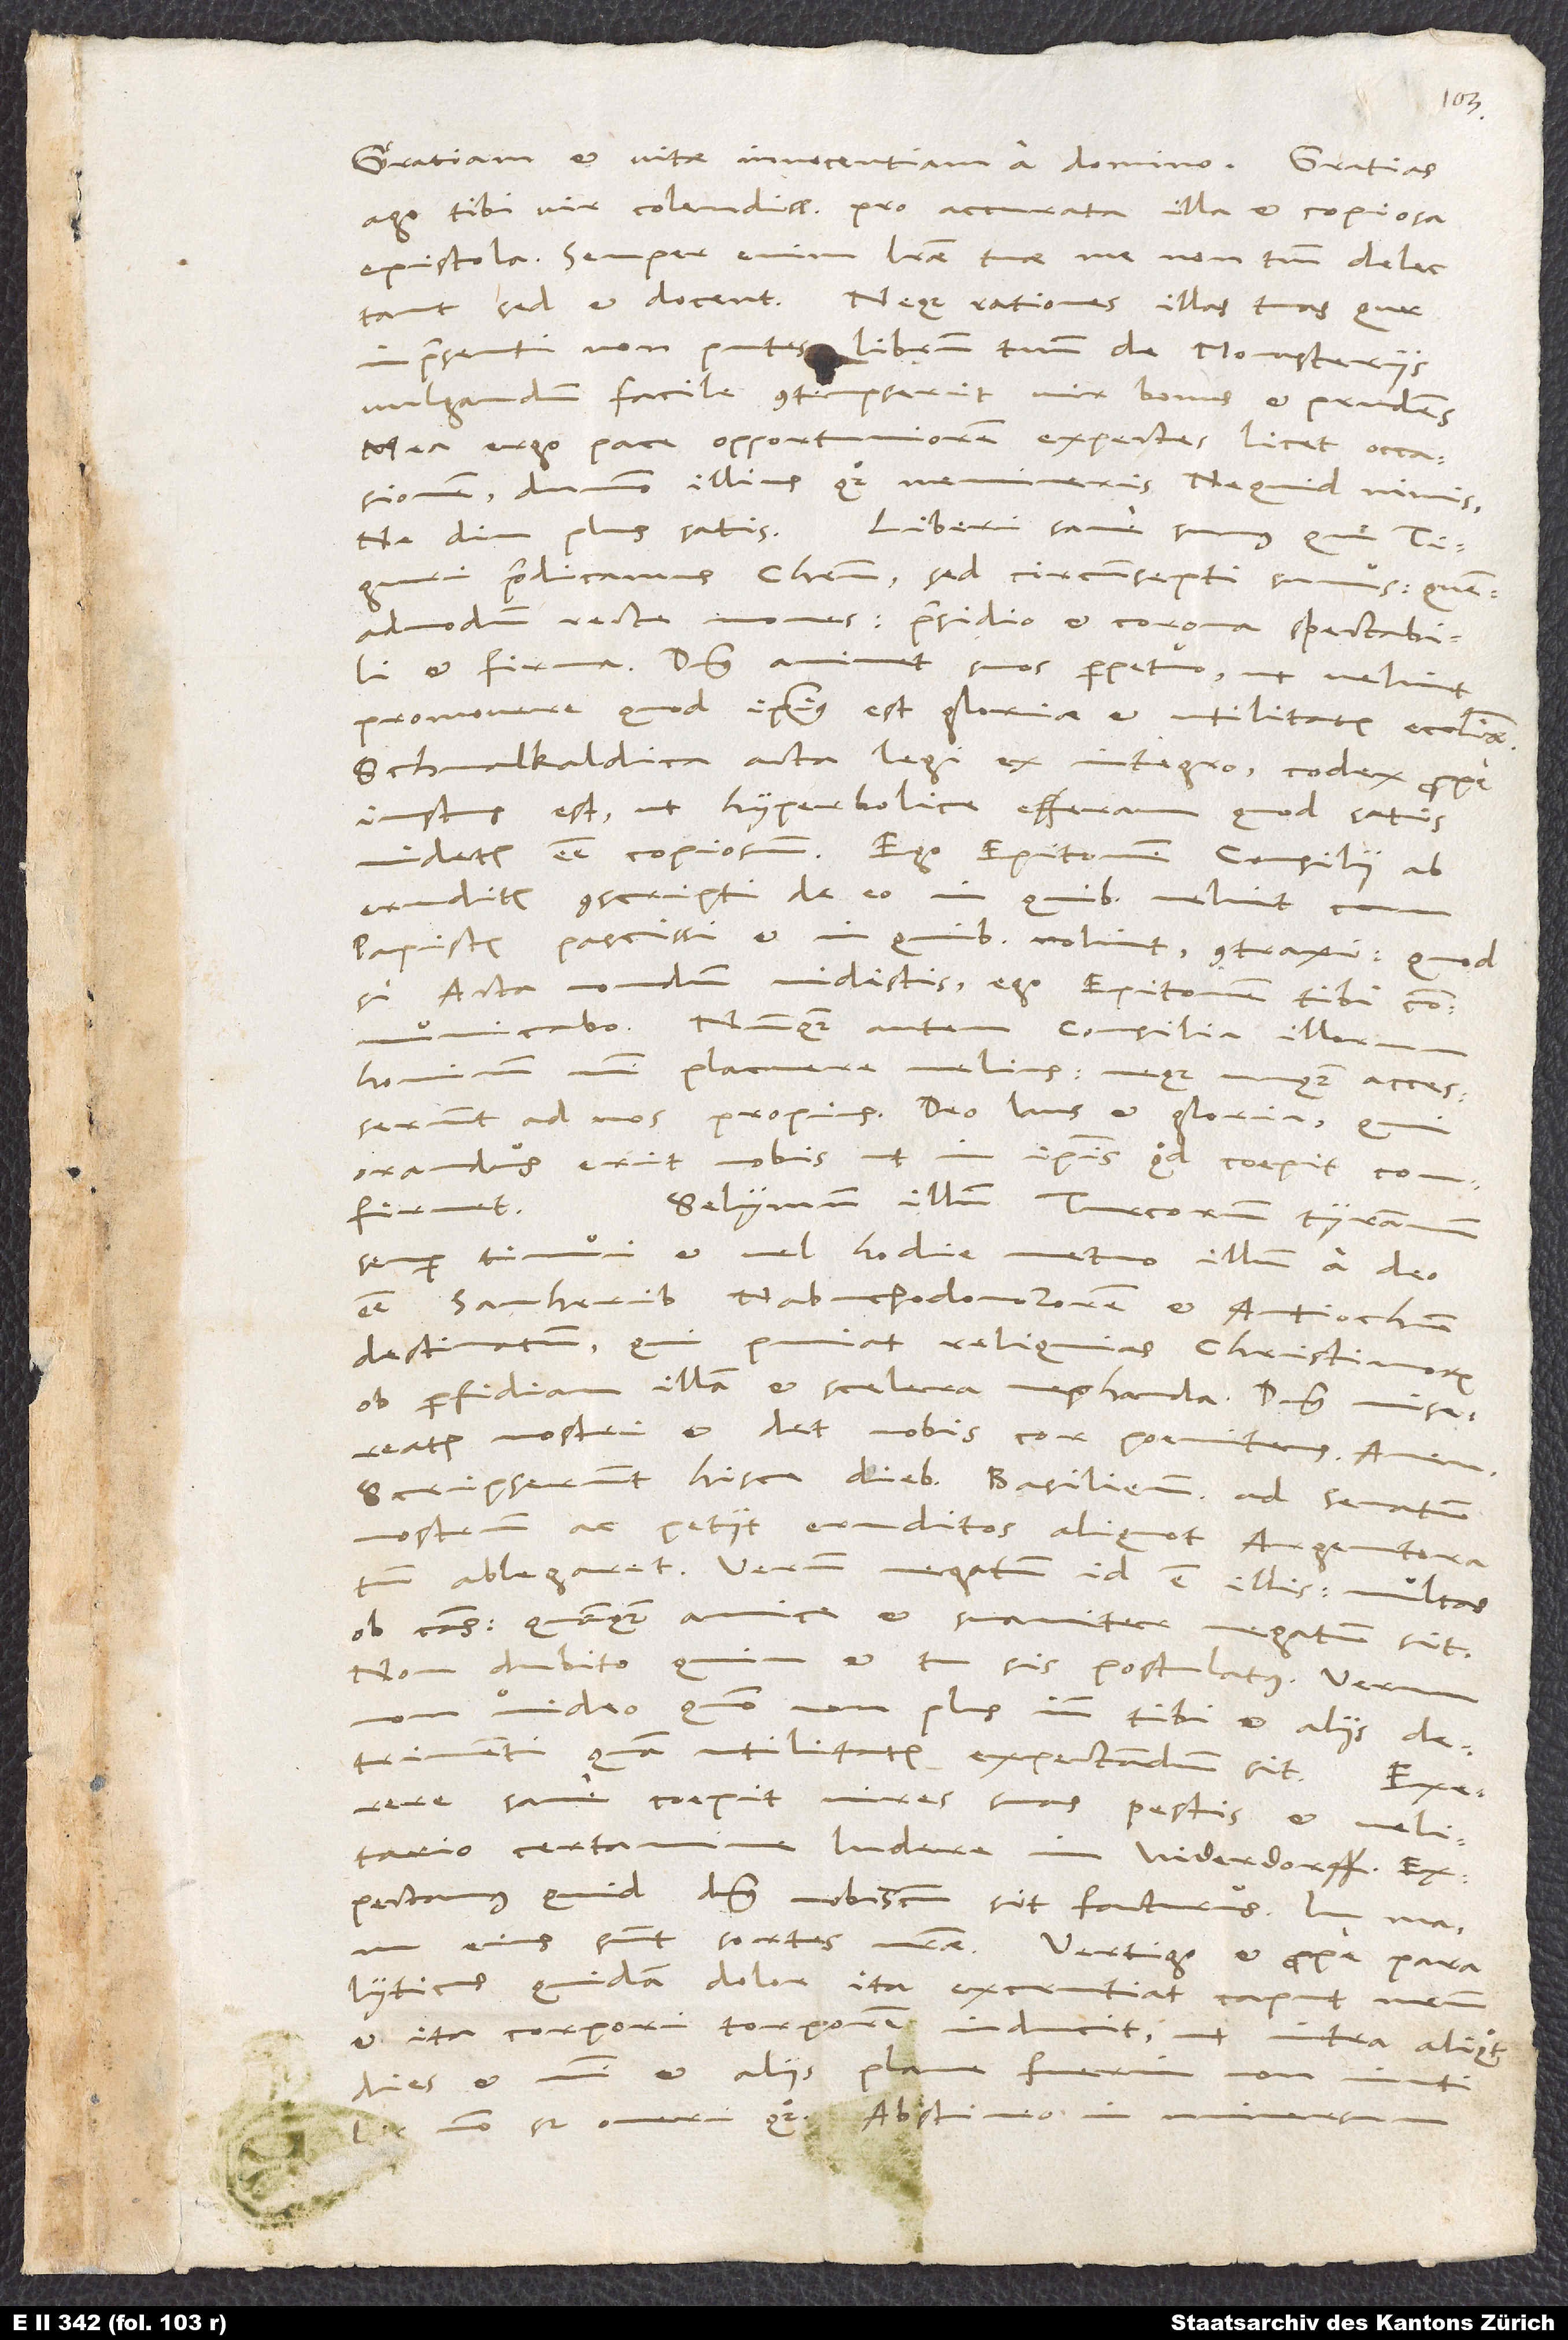
Gratiam et vitae innocentiam a domino. Gratias
ago tibi, vir colendissime, pro accurata illa et copiosa
epistola. Semper enim literae tuae me non tantum delectant,
sed et docent, neque rationes illas tuas, cur
in praesenti non putes librum tuum de monasteriis
vulgandum, facile contempserit vir bonus et prudens.
Mea ergo pace opportuniorem exspectes licet occasionem,
dummodo illius quoque memineris: ne quid nimis,
Liberi sane sumus, qui Tiguri
ne diu plus satis.
praedicamus Christum; sed circumsepti sumus, quemadmodum
recte mones, praesidio et corona spectabili
et firma. Dominus animet suos perpetuo, ut velint
promovere, quod ipsius est gloriae et utilitatis ecclesiae.
Schmalkaldica acta legi ex integro. Codex prope
iustus est, ut hyperbolice efferam, quod satis
videtur esse copiosum. Ego epitomen consilii ab
eruditis conscripti de eo, in quibus velint
papistis pacisci et in quibus nolint, contraxi. Quodsi
acta nondum vidistis, ego epitomen tibi
communicabo. Nunquam autem consilia illorum
hominum mihi placuere melius neque unquam accesserunt
ad nos propius. Deo laus et gloria, qui
orandus erit nobis, ut in ipsis, quod coepit, confirmet.
Selymum, illum Turcorum tyrannum,
semper timui et vel hodie metuo, illum a deo
esse Sanherib, Nabuchodonozorem et Antiochum
destinatum, qui puniat reliquias Christianorum
ob perfidiam illam et scelera nefanda. Dominus misereatur
nostri et det nobis cor poenitens. Amen.
Scripserunt hisce diebus Basilienses ad senatum
nostrum ac petierunt, eruditos aliquot Argentoratum
ablegaret. Verum negatum id est illis multas
ob causas; quamquam amice et suaviter negatum sit.
Non dubito, quin et tu sis postulatus. Verum
video, quomodo non plus inde tibi et aliis
detrimenti quam utilitatis exspectandum sit. - Exserere
sane coepit vires suas pestis et velitario
certamine ludere in Niderdorff.
Exspectamus, quid dominus nobiscum sit facturus; in manu
eius sunt sortes nostrae. Vertigo et prope paralyticus
quidem dolor ita excruciat caput meum
et ita corpori torporem inducit, ut intra aliquot
dies et mihi et aliis plane fuerim
modo, sed oneri quoque. Abstineo in universum